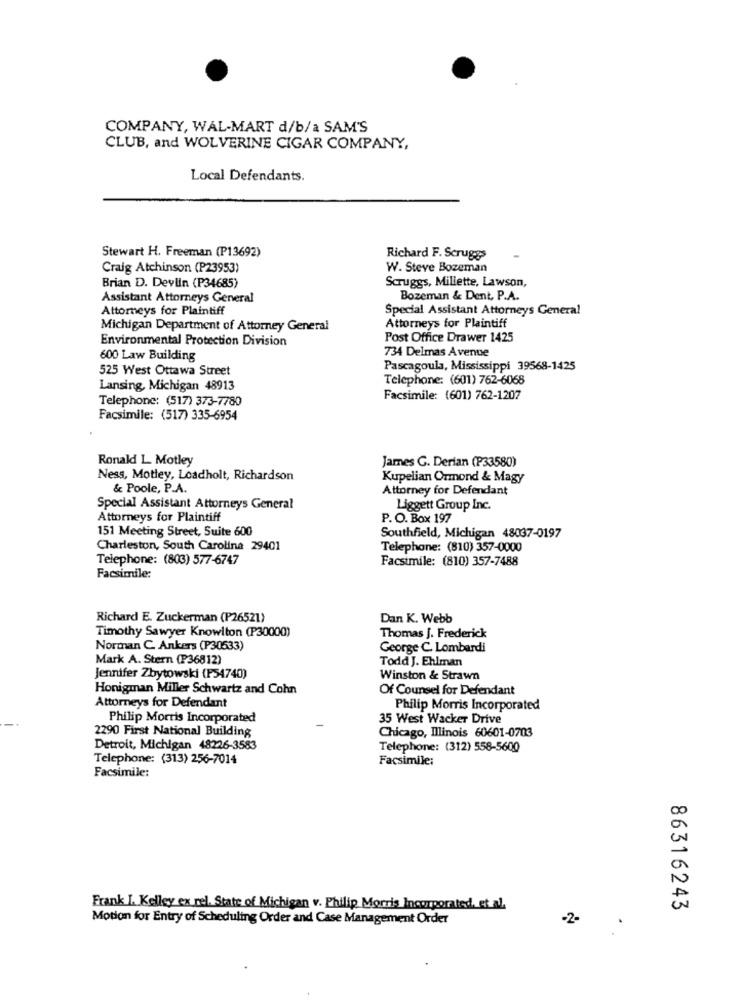
COMPANY, WAL-MART d/b/a SAM'S
CLUB, and WOLVERINE CIGAR COMPANY,
Local Defendants.
Stewart H. Freeman (P13692)
Richard F. Scruggs
Craig Atchinson (P23953)
W. Steve Bozeman
Scruggs, Millette, Lawson,
Brian D. Devlin (P34685)
Assistant Attorneys General
Bozeman & Dent, P.A.
Attorneys for Plaintiff
Special Assistant Attorneys General
Michigan Department of Attorney General
Attorneys for Plaintiff
Environmental Protection Division
Post Office Drawer 1425
734 Delmas Avenue
600 Law Building
525 West Ottawa Street
Pascagoula, Mississippi 39568-1425
Telephone: (601) 762-6068
Lansing, Michigan 48913
Telephone: (517) 373-7780
Facsimile: (601) 762-1207
Facsimile: (517) 335-6954
Ronald L. Motley
James C. Derian (P33580)
Ness, Motley, Loadholt, Richardson
Kupelian Ormond & Magy
& Poole, P.A.
Attorney for Defendant
Special Assistant Attorneys General
Liggett Group Inc.
Attorneys for Plaintiff
P. O. Box 197
151 Meeting Street, Suite 600
Southfield, Michigan 48037-0197
Charleston, South Carolina 29401
Telephone: (810) 357-0000
Telephone: (803) 577-6747
Facsimile: (810) 357-7488
Facsimile:
Richard E. Zuckerman (P26521)
Dan K. Webb
Timothy Sawyer Knowlton (P30000)
Thomas J. Frederick
Norman C. Ankers (P30533)
George C. Lombardi
Mark A. Stern (P36812)
Todd J. Ehlman
Jennifer Zbytowski (P54740)
Winston & Strawn
Honigman Miller Schwartz and Cohn
Of Counsel for Defendant
Attorneys for Defendant
Philip Morris Incorporated
Philip Morris Incorporated
35 West Wacker Drive
2290 First National Building
Chicago, Illinois 60601-0703
Detroit, Michigan 48226-3583
Telephone: (312) 558-5600
Telephone: (313) 256-7014
Facsimile:
Facsimile:
Frank I. Kelley ex rel. State of Michigan v. Philip Morris Incorporated, et al.
86316243
Motion for Entry of Scheduling Order and Case Management Order
-2-